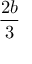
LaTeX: \frac { 2 b } { 3 }